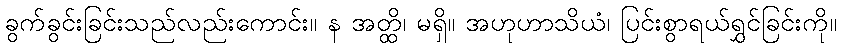
ခွက်ခွင်းခြင်းသည်လည်းကောင်း။ န အတ္ထိ၊ မရှိ။ အဟုဟာသိယံ၊ ပြင်းစွာရယ်ရွှင်ခြင်းကို။